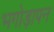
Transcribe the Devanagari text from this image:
भगोड़ापन